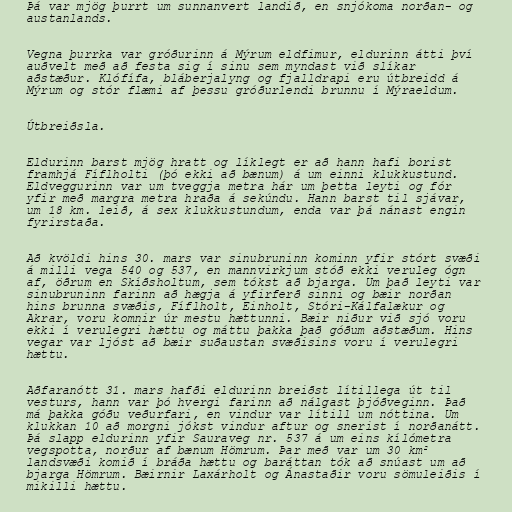
Þá var mjög þurrt um sunnanvert landið, en snjókoma norðan- og
austanlands.

Vegna þurrka var gróðurinn á Mýrum eldfimur, eldurinn átti því
auðvelt með að festa sig í sinu sem myndast við slíkar
aðstæður. Klófífa, bláberjalyng og fjalldrapi eru útbreidd á
Mýrum og stór flæmi af þessu gróðurlendi brunnu í Mýraeldum.

Útbreiðsla.

Eldurinn barst mjög hratt og líklegt er að hann hafi borist
framhjá Fíflholti (þó ekki að bænum) á um einni klukkustund.
Eldveggurinn var um tveggja metra hár um þetta leyti og fór
yfir með margra metra hraða á sekúndu. Hann barst til sjávar,
um 18 km. leið, á sex klukkustundum, enda var þá nánast engin
fyrirstaða.

Að kvöldi hins 30. mars var sinubruninn kominn yfir stórt svæði
á milli vega 540 og 537, en mannvirkjum stóð ekki veruleg ógn
af, öðrum en Skíðsholtum, sem tókst að bjarga. Um það leyti var
sinubruninn farinn að hægja á yfirferð sinni og bæir norðan
hins brunna svæðis, Fíflholt, Einholt, Stóri-Kálfalækur og
Akrar, voru komnir úr mestu hættunni. Bæir niður við sjó voru
ekki í verulegri hættu og máttu þakka það góðum aðstæðum. Hins
vegar var ljóst að bæir suðaustan svæðisins voru í verulegri
hættu.

Aðfaranótt 31. mars hafði eldurinn breiðst lítillega út til
vesturs, hann var þó hvergi farinn að nálgast þjóðveginn. Það
má þakka góðu veðurfari, en vindur var lítill um nóttina. Um
klukkan 10 að morgni jókst vindur aftur og snerist í norðanátt.
Þá slapp eldurinn yfir Sauraveg nr. 537 á um eins kílómetra
vegspotta, norður af bænum Hömrum. Þar með var um 30 km²
landsvæði komið í bráða hættu og baráttan tók að snúast um að
bjarga Hömrum. Bæirnir Laxárholt og Ánastaðir voru sömuleiðis í
mikilli hættu.